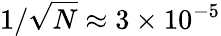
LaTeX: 1/\sqrt{N}\approx 3\times 10^{-5}